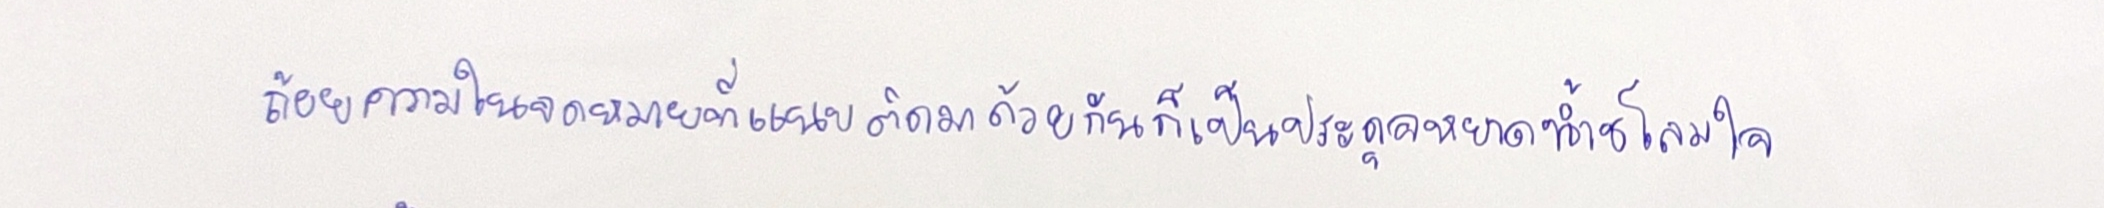
ถ้อยความในจดหมายที่แนบติดมาด้วยกันก็เป็นประดุจหยาดน้ำชโลมใจ